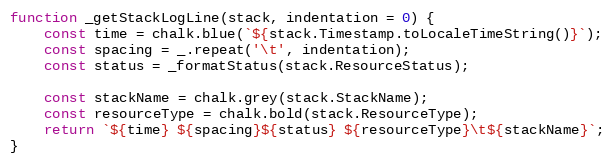
Language: JavaScript
function _getStackLogLine(stack, indentation = 0) {
    const time = chalk.blue(`${stack.Timestamp.toLocaleTimeString()}`);
    const spacing = _.repeat('\t', indentation);
    const status = _formatStatus(stack.ResourceStatus);

    const stackName = chalk.grey(stack.StackName);
    const resourceType = chalk.bold(stack.ResourceType);
    return `${time} ${spacing}${status} ${resourceType}\t${stackName}`;
}